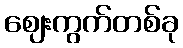
ဈေးကွက်တစ်ခု